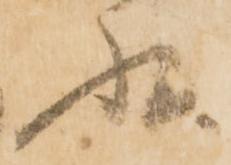
状